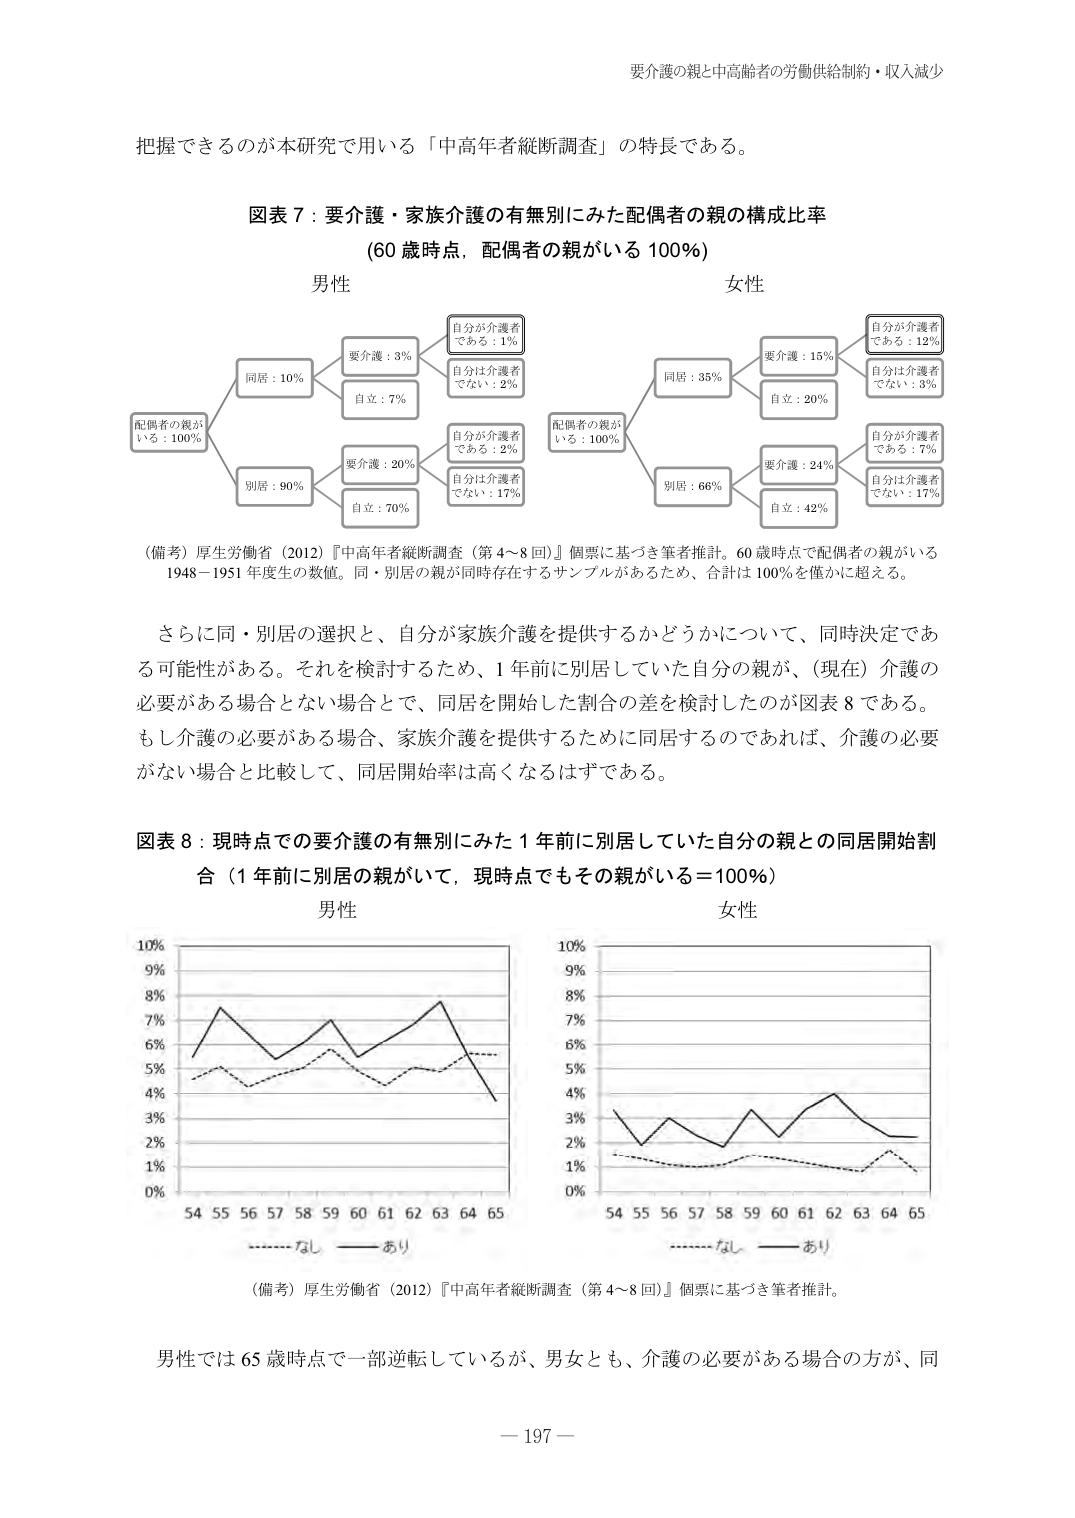
要介護の親と中高齢者の労働供給制約・収入減少

把握できるのが本研究で用いる「中高年者縦断調査」の特長である。

図表７：要介護・家族介護の有無別にみた配偶者の親の構成比率
（60 歳時点，配偶者の親がいる 100％）

男性

配偶者の親が
いる：100％

同居：10％
　要介護：3％
　自立：7％

　自分が介護者
　である：1％
　自分は介護者
　でない：2％

別居：90％
　要介護：20％
　自立：70％

　自分が介護者
　である：2％
　自分は介護者
　でない：17％

女性

配偶者の親が
いる：100％

同居：35％
　要介護：15％
　自立：20％

　自分が介護者
　である：12％
　自分は介護者
　でない：3％

別居：66％
　要介護：24％
　自立：42％

　自分が介護者
　である：7％
　自分は介護者
　でない：17％

（備考）厚生労働省（2012）『中高年者縦断調査（第4～8回）』個票に基づき筆者推計。60歳時点で配偶者の親がいる1948－1951年度生の数値。同・別居の親が同時存在するサンプルがあるため、合計は100％を僅かに超える。

さらに同・別居の選択と、自分が家族介護を提供するかどうかについて、同時決定である可能性がある。それを検討するため、1年前に別居していた自分の親が、（現在）介護の必要がある場合とない場合とで、同居を開始した割合の差を検討したのが図表8である。もし介護の必要がある場合、家族介護を提供するために同居するのであれば、介護の必要がない場合と比較して、同居開始率は高くなるはずである。

図表８：現時点での要介護の有無別にみた1年前に別居していた自分の親との同居開始割合（1年前に別居の親がいて、現時点でもその親がいる＝100％）

男性

10％
9％
8％
7％
6％
5％
4％
3％
2％
1％
0％

54 55 56 57 58 59 60 61 62 63 64 65

-----なし ——あり

女性

10％
9％
8％
7％
6％
5％
4％
3％
2％
1％
0％

54 55 56 57 58 59 60 61 62 63 64 65

-----なし ——あり

（備考）厚生労働省（2012）『中高年者縦断調査（第4～8回）』個票に基づき筆者推計。

男性では65歳時点で一部逆転しているが、男女とも、介護の必要がある場合の方が、同

－197－